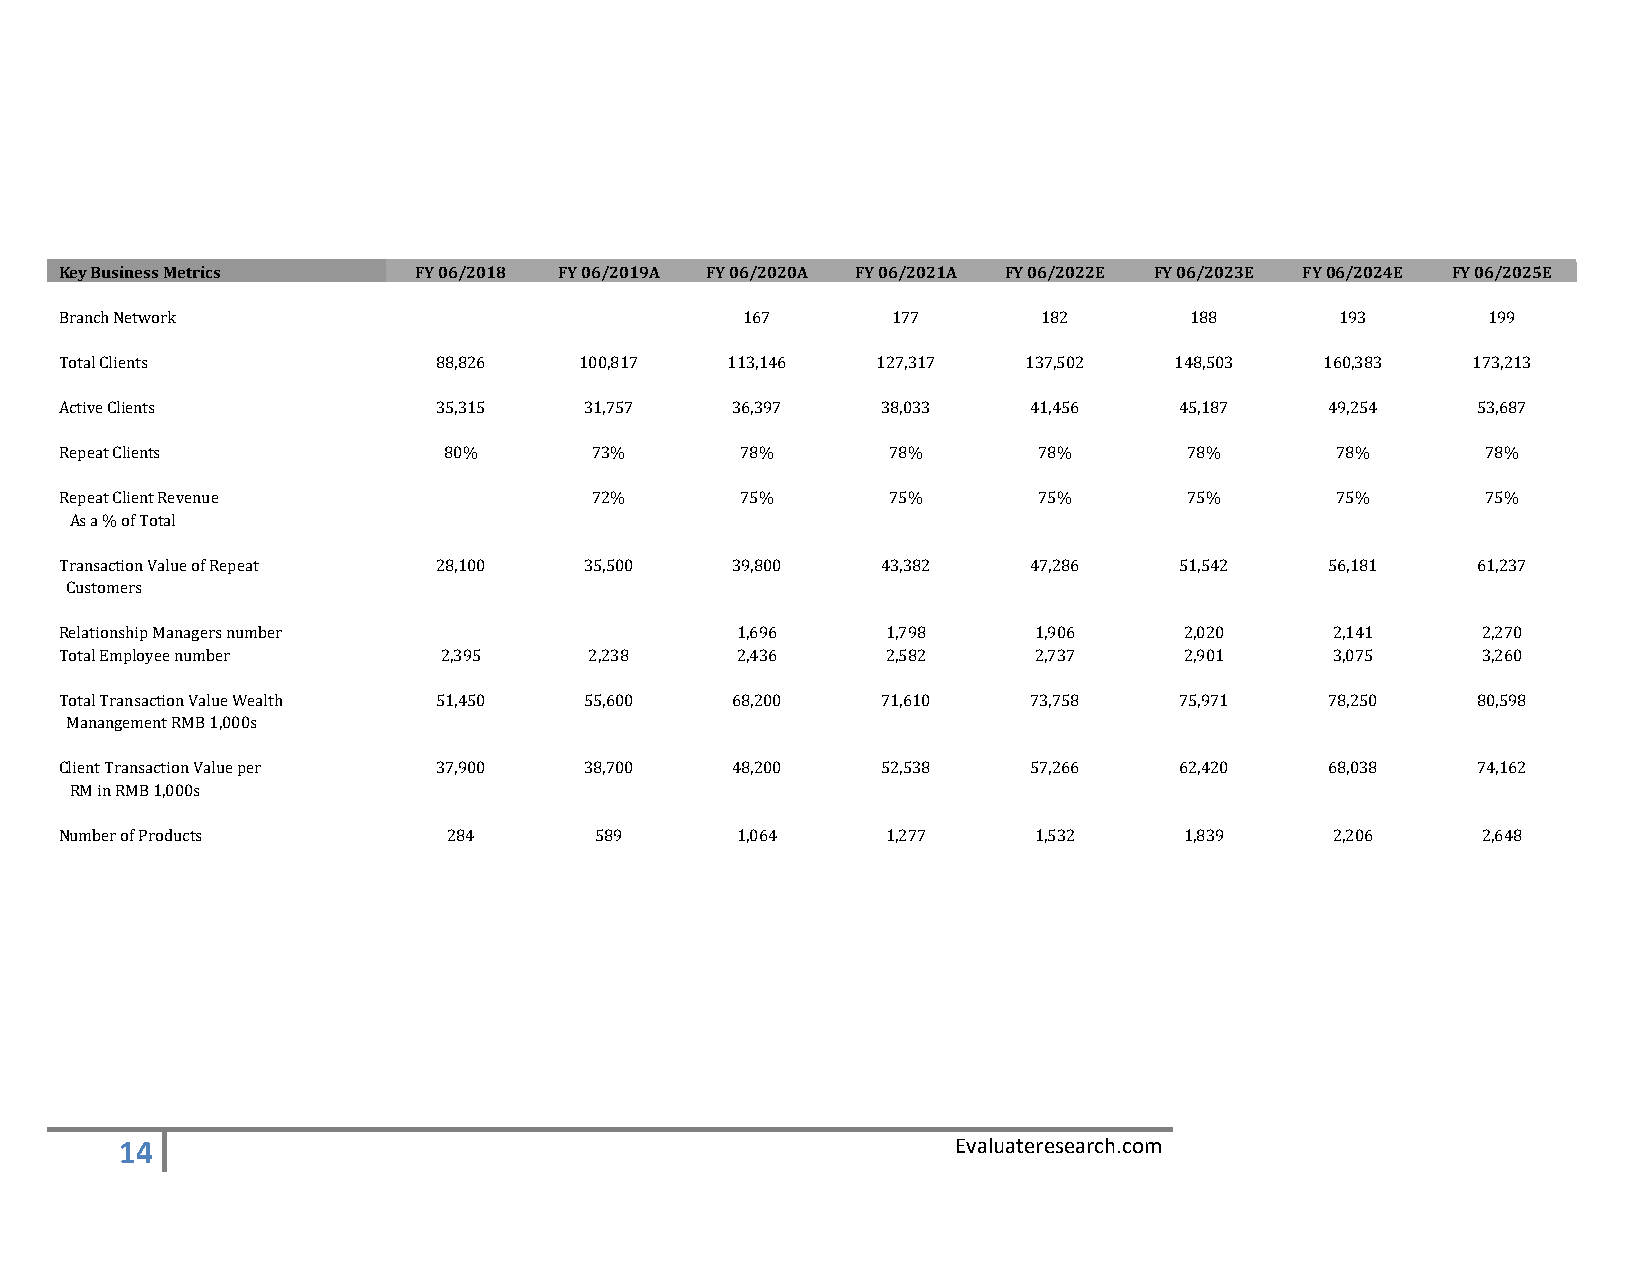
Key Business Metrics   FY 06/2018 FY 06/2019A FY 06/2020A FY 06/2021A FY 06/2022E FY 06/2023E FY 06/2024E FY 06/2025E
 Branch Network                               167       177       182       188       193      199
 Total Clients            88,826   100,817   113,146   127,317   137,502   148,503   160,383  173,213
 Active Clients           35,315    31,757   36,397    38,033    41,456    45,187    49,254    53,687
 Repeat Clients           80%       73%       78%       78%       78%       78%      78%       78%
 Repeat Client Revenue              72%       75%       75%       75%       75%      75%       75%
 As a % of Total
 Transaction Value of Repeat 28,100 35,500   39,800    43,382    47,286    51,542    56,181    61,237
 Customers
 Relationship Managers number                 1,696     1,798    1,906     2,020     2,141     2,270
 Total Employee number    2,395     2,238     2,436     2,582    2,737     2,901     3,075     3,260
 Total Transaction Value Wealth 51,450 55,600 68,200   71,610    73,758    75,971    78,250    80,598
 Manangement RMB 1,000s
 Client Transaction Value per 37,900 38,700  48,200    52,538    57,266    62,420    68,038    74,162
 RM in RMB 1,000s
 Number of Products        284      589       1,064     1,277    1,532     1,839     2,206     2,648
 14                                                     Evaluateresearch.com